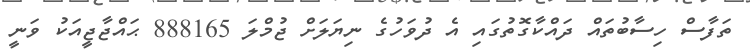
ތަފާސް ހިސާބުތައް ދައްކާގޮތުގައި އެ ދުވަހުގެ ނިޔަލަށް ޖުމްލަ 888165 ޙައްޖާޖީއަކު ވަނީ